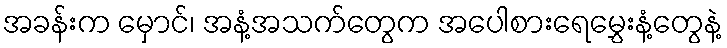
အခန်းက မှောင်၊ အနံ့အသက်တွေက အပေါစားရေမွှေးနံ့တွေနဲ့